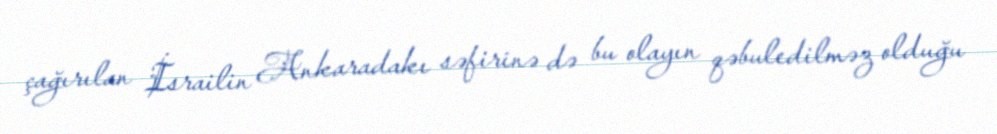
çağırılan İsrailin Ankaradakı səfirinə də bu olayın qəbuledilməz olduğu